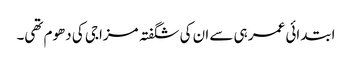
ابتدائی عمر ہی سے ان کی شگفتہ مزاجی کی دھوم تھی۔